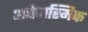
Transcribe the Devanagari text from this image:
अधेपास्मिक